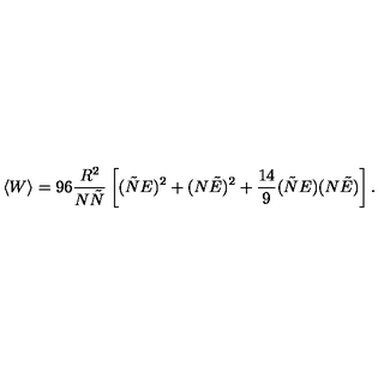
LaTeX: \langle W \rangle = 9 6 \frac { R ^ { 2 } } { N \tilde { N } } \left[ ( \tilde { N } E ) ^ { 2 } + ( N \tilde { E } ) ^ { 2 } + \frac { 1 4 } { 9 } ( \tilde { N } E ) ( N \tilde { E } ) \right] .